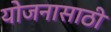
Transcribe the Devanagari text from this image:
योजनासाठी